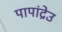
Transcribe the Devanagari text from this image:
पापांद्रेउ